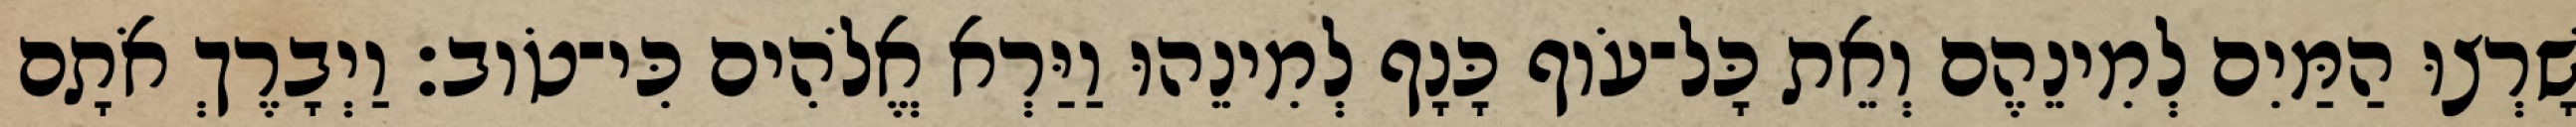
שָׁרְצוּ הַמַּיִם לְמִינֵהֶם וְאֵת כָּל־עֹוף כָּנָף לְמִינֵהוּ וַיַּרְא אֱלֹהִים כִּי־טֹוב׃ וַיְבָרֶךְ אֹתָם